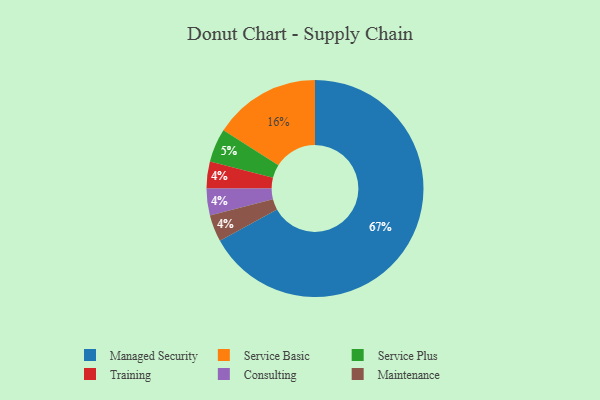
{"axis": {"x": "Category", "y": "Percentage"}, "legend": ["Consulting", "Maintenance", "Managed Security", "Service Basic", "Service Plus", "Training"], "data": [{"x": "Training", "y": 4, "type": "Training"}, {"x": "Consulting", "y": 4, "type": "Consulting"}, {"x": "Managed Security", "y": 67, "type": "Managed Security"}, {"x": "Maintenance", "y": 4, "type": "Maintenance"}, {"x": "Service Plus", "y": 5, "type": "Service Plus"}, {"x": "Service Basic", "y": 16, "type": "Service Basic"}]}